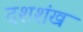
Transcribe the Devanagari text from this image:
दशशंख